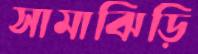
সামাঝিড়ি